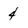
Character: 4